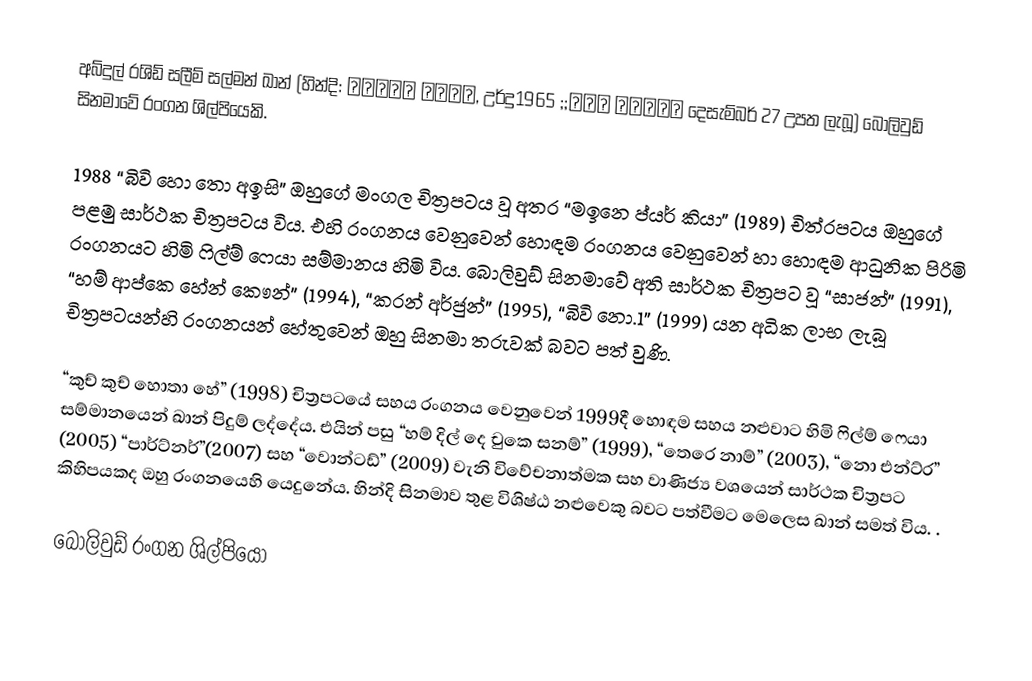
අබ්දුල් රශිඩ් සලීම් සල්මන් ඛාන් (හින්දි: सलमान ख़ान, උර්දුسلمان خان;; 1965 දෙසැම්බර් 27 උපත ලැබූ) බොලිවුඩ් සිනමාවේ රංගන ශිල්පියෙකි.

1988 “බිවි හො තො අඉසි” ඔහුගේ මංගල චිත්‍රපටය වූ අතර “මඉනෙ ප්යර් කියා” (1989) චිත්රපටය ඔහුගේ පළමු සාර්ථක චිත්‍රපටය විය. එහි රංගනය වෙනුවෙන් හොඳම රංගනය වෙනුවෙන් හා හොඳම ආධුනික පිරිමි රංගනයට හිමි ෆිල්ම් ෆෙයා සම්මානය හිමි විය. බොලිවුඩ් සිනමාවේ අති සාර්ථක චිත්‍රපට වූ “සාජන්” (1991), “හම් ආප්කෙ හේන් කෞන්” (1994), “කරන් අර්ජුන්” (1995), “බිවි නො.1” (1999) යන අධික ලාභ ලැබූ චිත්‍රපටයන්හි රංගනයන් හේතුවෙන් ඔහු සිනමා තරුවක් බවට පත් වුණි.

“කුච් කුච් හොතා හේ” (1998) චිත්‍රපටයේ සහය රංගනය වෙනුවෙන් 1999දී හොඳම සහය නළුවාට හිමි ෆිල්ම් ෆෙයා සම්මානයෙන් ඛාන් පිදුම් ලද්දේය. එයින් පසු “හම් දිල් දෙ චුකෙ සනම්” (1999), “තෙරෙ නාම්” (2003), “නො එන්ට්ර” (2005) “පාර්ට්නර්”(2007) සහ “වොන්ටඩ්” (2009) වැනි විවේචනාත්මක සහ වාණිජ්‍ය වශයෙන් සාර්ථක චිත්‍රපට කිහිපයකද ඔහු රංගනයෙහි යෙදුනේය. හින්දි සිනමාව තුළ විශිෂ්ඨ නළුවෙකු බවට පත්වීමට මෙලෙස ඛාන් සමත් විය. .

බොලිවුඩ් රංගන ශිල්පියෝ